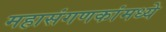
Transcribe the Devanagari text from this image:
महासंगणकांमध्ये